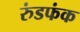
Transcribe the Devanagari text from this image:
रुंडफंक